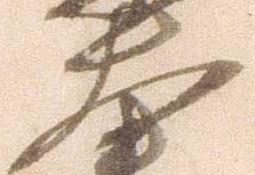
大